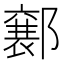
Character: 𮠍